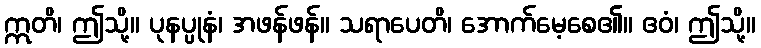
ဣတိ၊ ဤသို့။ ပုနပ္ပုနံ၊ အဖန်ဖန်။ သရာပေတိ၊ အောက်မေ့စေ၏။ ဧဝံ၊ ဤသို့။